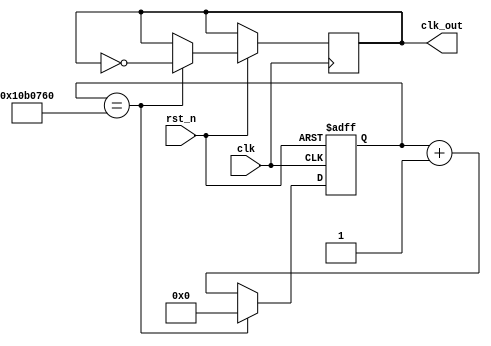
`timescale 1ns / 1ps
//////////////////////////////////////////////////////////////////////////////////
// Company: 
// Engineer: 
// 
// Design Name: 
// Module Name: freqdiv_2hz
// Project Name: 
// Target Devices: 
// Tool Versions: 
// Description: 
// 
// Dependencies: 
// 
// Revision:
// Revision 0.01 - File Created
// Additional Comments:
// 
//////////////////////////////////////////////////////////////////////////////////


module freqdiv_2hz(
    input clk,
    input rst_n,
    output reg clk_out
    );
    reg [26:0]q;
    reg [26:0]q_tmp;
    
    always@*
        if(q==27'd17500000)
            q_tmp=27'd0;
        else 
            q_tmp=q+1'b1;
            
    always@(posedge clk or negedge rst_n)
    if(~rst_n) q <= 27'd0;
    else 
    begin
        q <= q_tmp;
        if(q == 27'd17500000)
            clk_out = ~clk_out;
        else 
            clk_out = clk_out;
    end
    
    endmodule